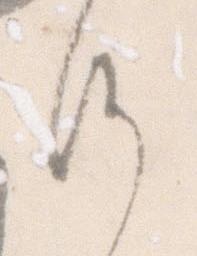
候